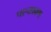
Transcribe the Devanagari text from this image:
पश्चप्रवण